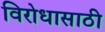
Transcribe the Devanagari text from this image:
विरोधासाठी